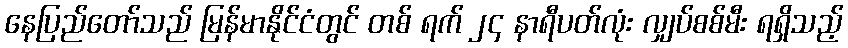
နေပြည်တော်သည် မြန်မာနိုင်ငံတွင် တစ် ရက် ၂၄ နာရီပတ်လုံး လျှပ်စစ်မီး ရရှိသည့်